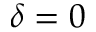
\delta = 0